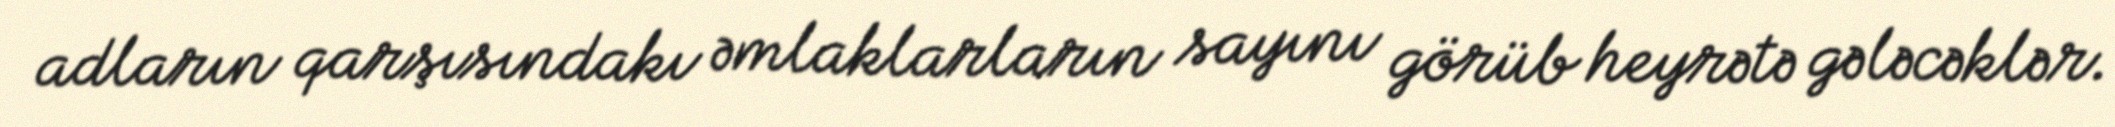
adların qarşısındakı əmlaklarların sayını görüb heyrətə gələcəklər.